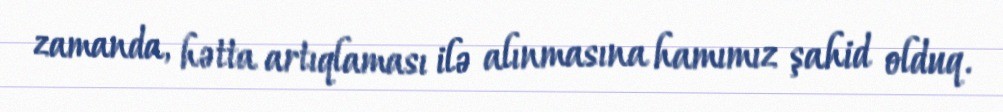
zamanda, hətta artıqlaması ilə alınmasına hamımız şahid olduq.